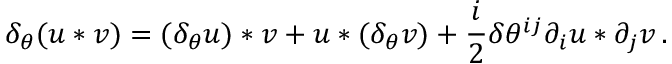
\delta _ { \theta } ( u * v ) = ( \delta _ { \theta } u ) * v + u * ( \delta _ { \theta } v ) + \frac i 2 \delta \theta ^ { i j } \partial _ { i } u * \partial _ { j } v \, .